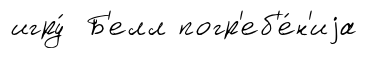
игру́ Б'елл погр'еб'е́н'иjа